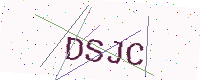
Text: DSJC